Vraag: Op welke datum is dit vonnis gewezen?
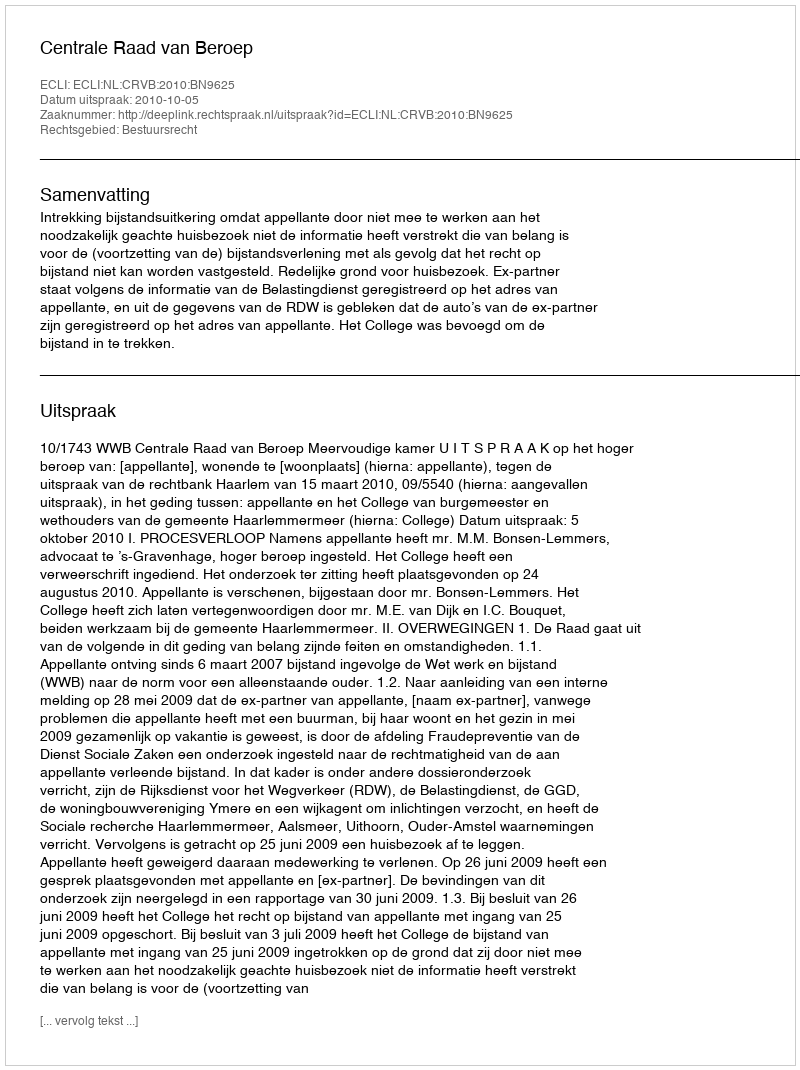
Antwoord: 2010-10-05